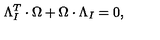
\Lambda _ { I } ^ { T } \cdot \Omega + \Omega \cdot \Lambda _ { I } = 0 ,